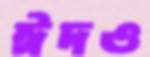
ঈদও